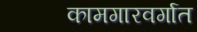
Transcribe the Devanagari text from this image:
कामगारवर्गात